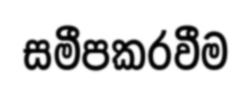
සමීපකරවීම